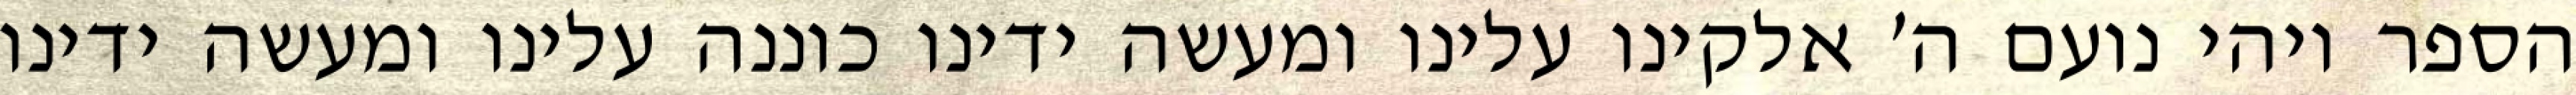
הספר ויהי נועם ה׳ אלקינו עלינו ומעשה ידינו כוננה עלינו ומעשה ידינו